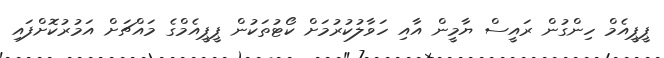
ޕީޕީއެމް ހިންގުން ރައީސް ޔާމީން އާއި ހަވާލުކުރުމަށް ކޯޓުތަކުން ޕީޕީއެމްގެ މައްޗަށް އަމުރުކޮށްފައި